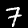
Label: 7